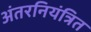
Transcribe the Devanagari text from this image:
अंतरनियंत्रित